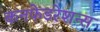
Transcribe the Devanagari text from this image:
कनफेडरेशन्स